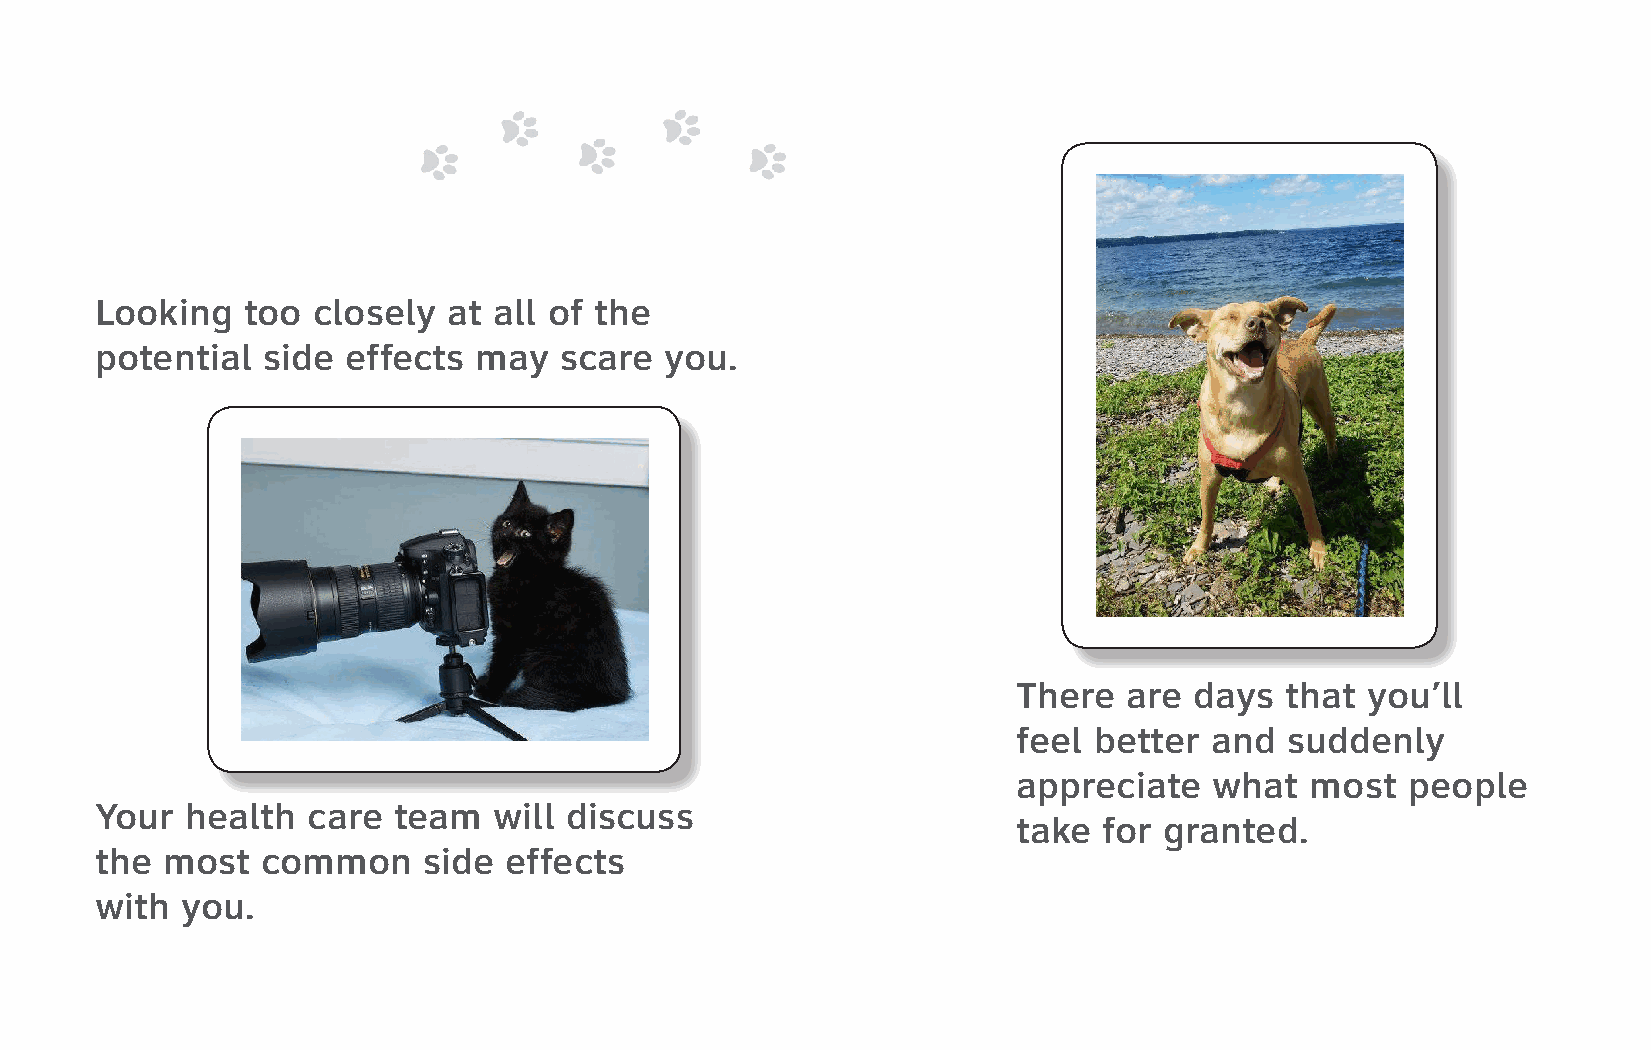
Looking   too  closely  at all of the
 potential  side  effects may   scare  you.
 There   are days  that you’ll
 feel better  and  suddenly
 appreciate   what   most  people
 Your  health  care  team   will discuss
 take  for granted.
 the  most  common     side effects
 with  you.